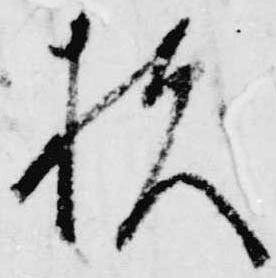
扶